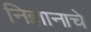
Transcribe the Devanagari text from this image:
निज्ञानाचे